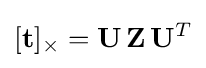
[\mathbf {t} ]_{\times }=\mathbf {U} \,\mathbf {Z} \,\mathbf {U} ^{T}